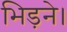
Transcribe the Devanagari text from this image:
भिड़ने।